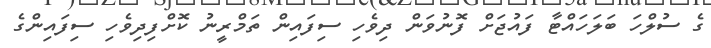
ގެ ސުލްހަ ބަލަހައްޓާ ފައުޖަށް ފޮނުވަން ދިވެހި ސިފައިން ތަމްރީނު ކޮށްފިދިވެހި ސިފައިންގެ